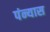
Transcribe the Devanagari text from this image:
पंन्यास